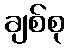
ချစ်စု